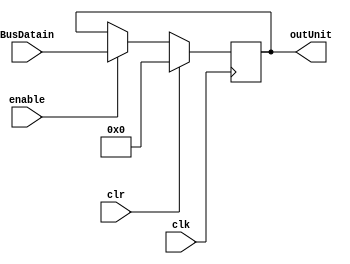
module outport(
  input clk, clr, enable,
  input [31:0] BusDatain,
  output [31:0] outUnit
);
  
 always @ (posedge clk) begin
  if (clr) begin
	  outUnit <= 32'h00000000;
  end
  else if (enable) begin
	  outUnit <= BusDatain;
  end
end
endmodule